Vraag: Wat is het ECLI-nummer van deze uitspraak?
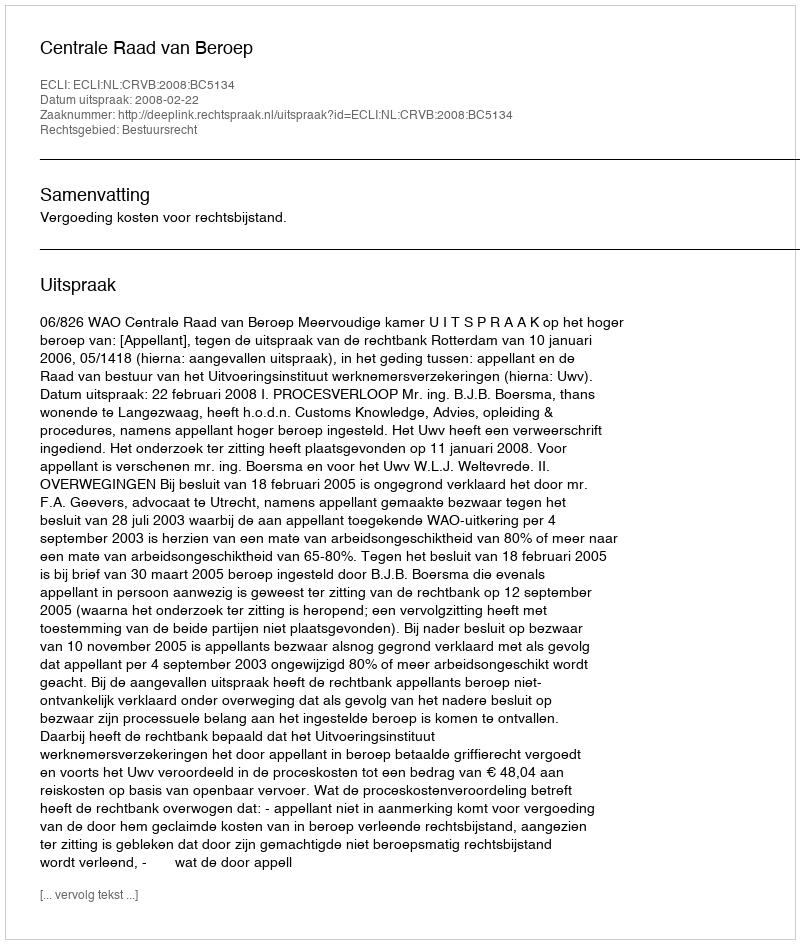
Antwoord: ECLI:NL:CRVB:2008:BC5134